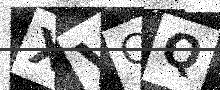
Text: XVCQ